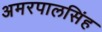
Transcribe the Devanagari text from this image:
अमरपालसिंह